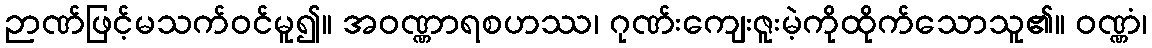
ဉာဏ်ဖြင့်မသက်ဝင်မူ၍။ အဝဏ္ဏာရစဟဿ၊ ဂုဏ်းကျေးဇူးမဲ့ကိုထိုက်သောသူ၏။ ဝဏ္ဏံ၊